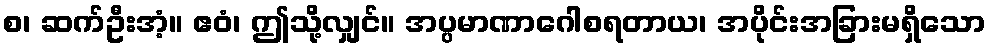
စ၊ ဆက်ဦးအံ့။ ဧဝံ၊ ဤသို့လျှင်။ အပ္ပမာဏာဂေါစရတာယ၊ အပိုင်းအခြားမရှိသော